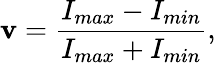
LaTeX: \mathbf{v}=\frac{{I_{max}-I_{min}}}{{I_{max}+I_{min}}},